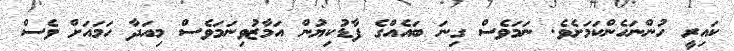
ކައިރީ ހުންނަހެންކަމަށެވެ. ނަމަވެސް ގިނަ ބައެއްގެ ފާޑުކިޔުން އަމާޒުވިނަމަވެސް މިއަދާ ހަމައަށް ވެސް